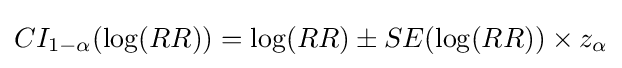
CI_{1-\alpha }(\log(RR))=\log(RR)\pm SE(\log(RR))\times z_{\alpha }